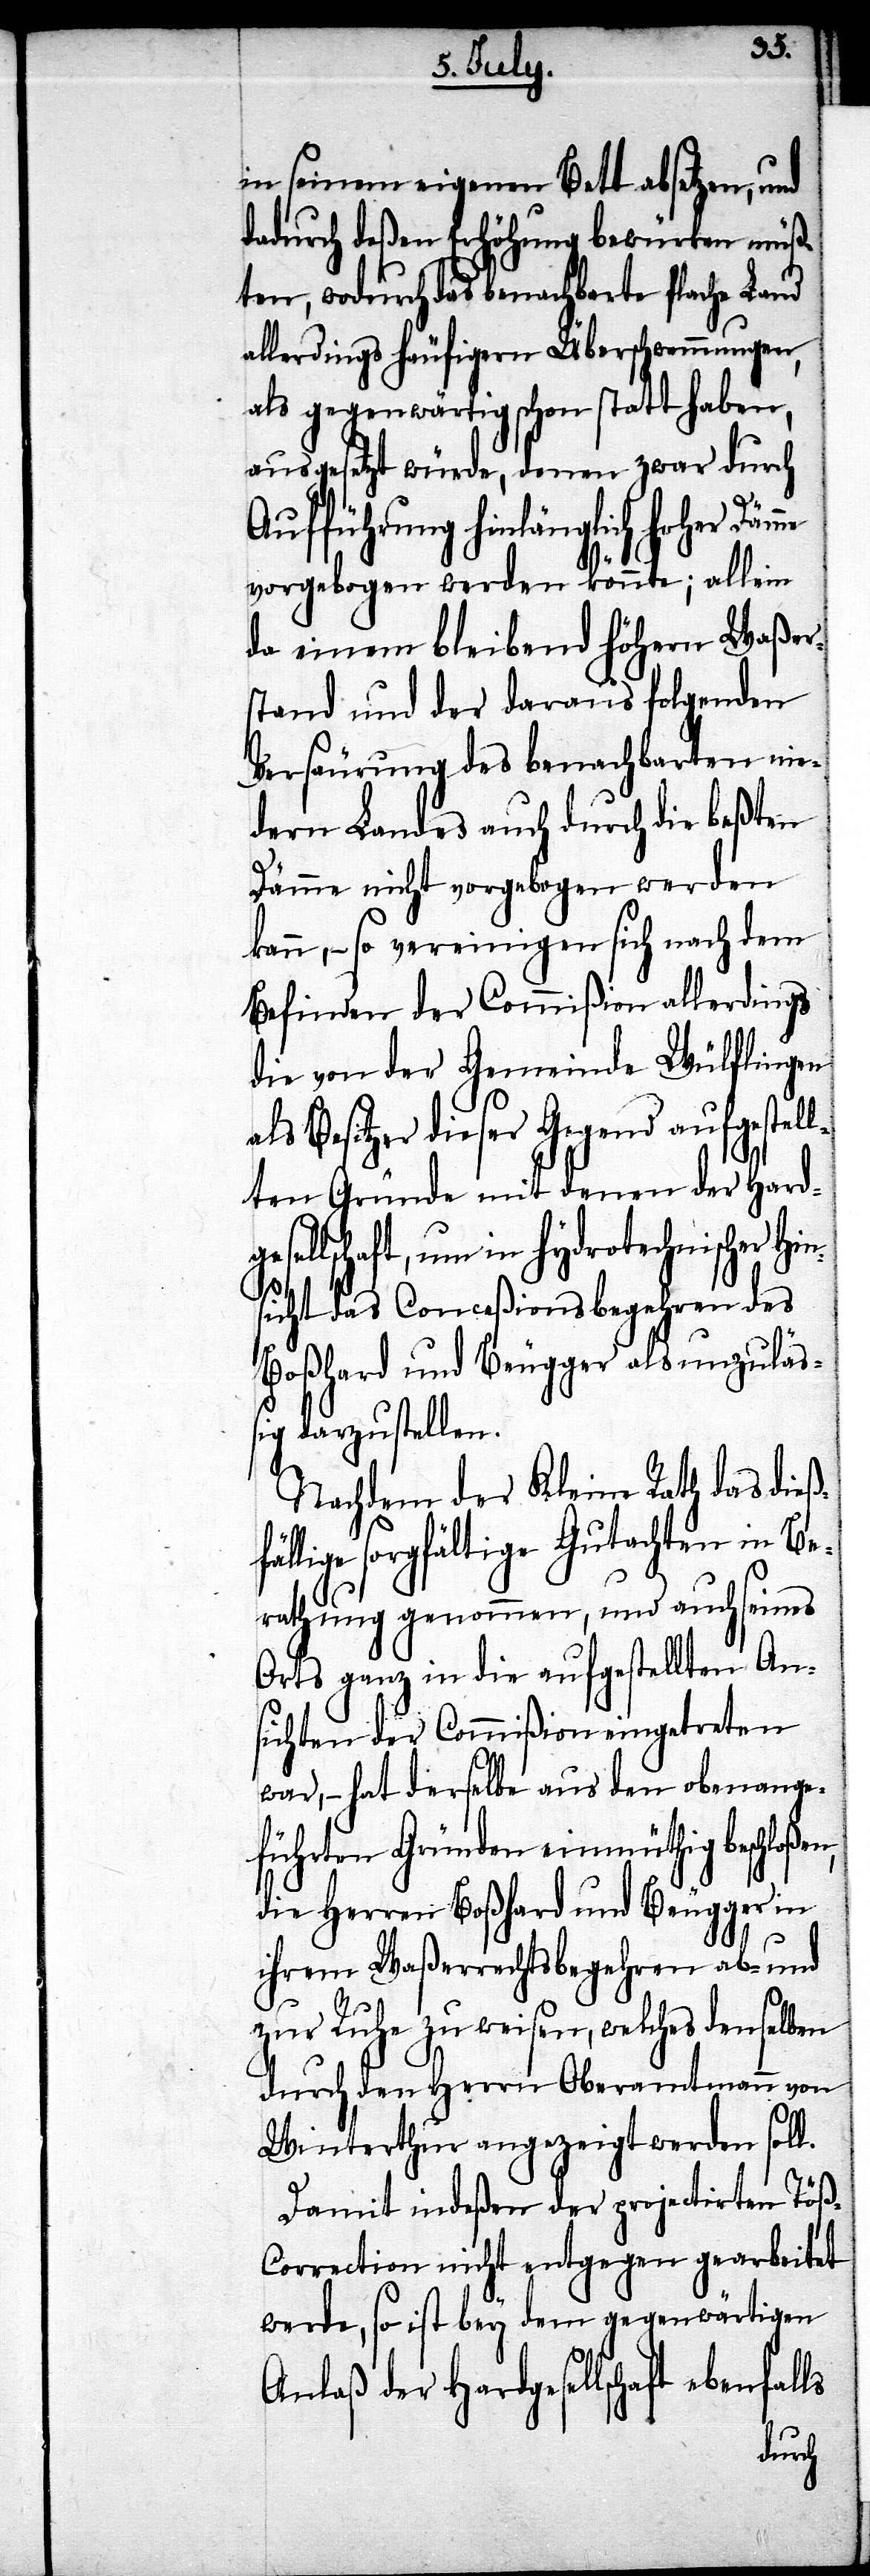
f¬
in seinem eigenen Bett absetzen, und
dadurch deßen Erhöhung bewürken müß¬
ten, wodurch das benachbarte flache Land
allerdings häufigern Überschwemmungen,
als gegenwärtig schon statt haben,
ausgesetzt würde, denen zwar durch
Aufführung hinlänglich hoher
vorgebogen werden könnte; allein
da einem bleibend höhern Waßer¬
stand und der daraus folgenden
Versäurung des benachbarten nie¬
dern Landes auch durch die beßten
Dämme nicht vorgebogen werden
kann, – so vereinigen sich nach dem
Befinden der Commißion allerdings
die von der Gemeinde Wülflingen
als Besitzer dieser Gegend aufgestel¬
lten Gründe mit denen der Hard¬
ellschaft, um in hydrotechnischer
sicht das Conceßionsbegehren des
Boßhard und Beugger als unzuläß¬
ig darzustellen.
Nachdem der Kleine Rath das dieß¬
ällige sorgfältige Gutachten in Be¬
rathung genommen, und auch seines
Orts ganz in die aufgestellten An¬
sichten der Commißion eingetreten
war, – hat derselbe aus den obenange¬
führten Gründen einmüthig beschloßen,
die Herren Boßhard und Beugger in
ihrem Waßerrechtsbegehren ab- und
zur Ruhe zu weisen, welches denselben
durch den Herrn Oberamtmann von
Winterthur angezeigt werden soll.
Damit indeßen der projectirten Töß-C¬
orrection nicht entgegen gearbeitet
werde, so ist bey dem gegenwärtigen
Anlaß der Hardgesellschaft